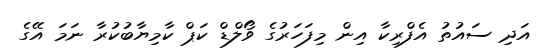
އަދި ސައުތު އެފްރިކާ އިން މިފަހަރުގެ ވޯލްޑް ކަޕް ކާމިޔާބުކުރާ ނަމަ އޭގެ